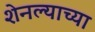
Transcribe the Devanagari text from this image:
शेनल्याच्या